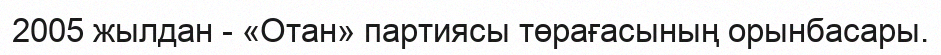
2005 жылдан - «Отан» партиясы төрағасының орынбасары.